Report of the Indian Hemp Drugs Commission, 1894-1895 - Volume III
Year: 1894
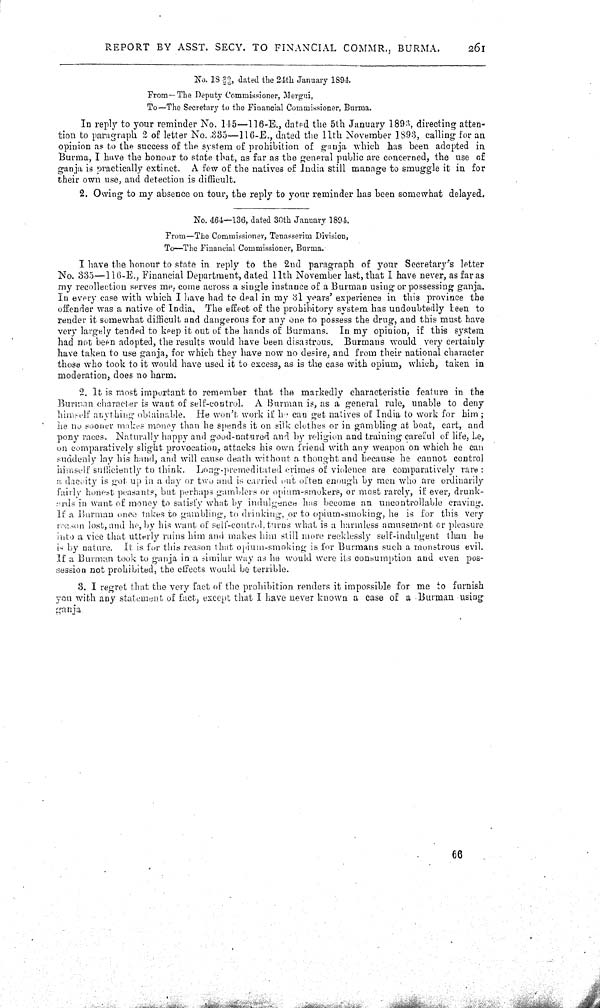
REPORT BY ASST. SECY. TO FINANCIAL COMMR., BURMA.
261
No. 18 20/26, dated the 24th January 1894
From—The Deputy Commissioner, Mergui,
To—The Secretary to the Financial Commissioner, Burma.
In reply to your reminder No. 145—116-E., dated the 5th January 1893, directing atten-
tion to paragraph 2 of letter No. 335—116-E., dated the 11th November 1893, calling for an
opinion as to the success of the system of prohibition of ganja which has been adopted in
Burma, I have the honour to state that, as far as the general public are concerned, the use of
ganja is practically extinct. A few of the natives of India still manage to smuggle it in for
their own use, and detection is difficult.
2. Owing to my absence on tour, the reply to your reminder has been somewhat delayed.
No. 464—136, dated 30th January 1894.
From—The Commissioner, Tenasserim Division,
To—The Financial Commissioner, Burma.
I have the honour to state in reply to the 2nd paragraph of your Secretary's letter
No. 335—116-E., Financial Department, dated 11th November last, that I have never, as far as
my recollection serves me, come across a single instance of a Burman using or possessing ganja.
In every case with which I have had to deal in my 31 years' experience in this province the
offender was a native of India. The effect of the prohibitory system has undoubtedly been to
render it somewhat difficult and dangerous for any one to possess the drug, and this must have
very largely tended to keep it out of the hands of Burmans. In my opinion, if this system
had not been adopted, the results would have been disastrous. Burmans would very certainly
have taken to use ganja, for which they have now no desire, and from their national character
those who took to it would have used it to excess, as is the case with opium, which, taken in
moderation, does no harm.
2. It is most important to remember that the markedly characteristic feature in the
Burman character is want of self-control. A Burman is, as a general rule, unable to deny
himself anything obtainable. He won't work if he can get natives of India to work for him;
he no sooner makes money than he spends it on silk clothes or in gambling at boat, cart, and
pony races. Naturally happy and good-natured and by religion and training careful of life, Le,
on comparatively slight provocation, attacks his own friend with any weapon on which he can
suddenly lay his hand, and will cause death without a thought and because he cannot control
himself sufficiently to think. Long-premeditated crimes of violence are comparatively rare:
a dacoity is got up in a day or two and is carried out often enough by men who are ordinarily
fairly honest peasants, but perhaps gamblers or opium-smokers, or most rarely, if ever, drunk-
ards in want of money to satisfy what by indulgence has become an uncontrollable craving.
If a Burman once takes to gambling, to drinking, or to opium-smoking, he is for this very
reason lost, and he, by his want of self-control, turns what is a harmless amusement or pleasure
into a vice that utterly ruins him and makes him still more recklessly self-indulgent than he
is by nature. It is for this reason that opium-smoking is for Burmans such a monstrous evil.
If a Burman took to ganja in a similar way as he would were its consumption and even pos-
session not prohibited, the effects would be terrible.
3. I regret that the very fact of the prohibition renders it impossible for me to furnish
you with any statement of fact, except that I have never known a case of a Burman using
ganja
66